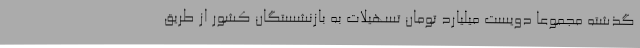
گذشته مجموعا دویست میلیارد تومان تسهیلات به بازنشستگان کشور از طریق